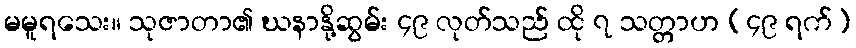
မမူရသေး။ သုဇာတာ၏ ဃနာနို့ဆွမ်း ၄၉ လုတ်သည် ထို ၇ သတ္တာဟ (၄၉ ရက်)